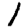
Digit: 1